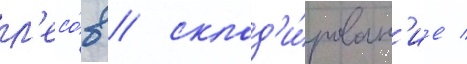
л'есо́в / склад'и́рован'ие /